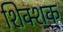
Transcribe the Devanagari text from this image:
शिक्शक्